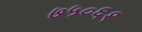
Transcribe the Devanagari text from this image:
७५०६१